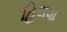
હિલવા